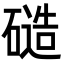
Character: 𬒝